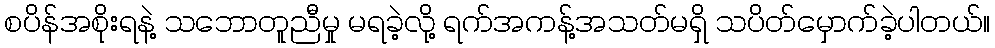
စပိန်အစိုးရနဲ့ သဘောတူညီမှု မရခဲ့လို့ ရက်အကန့်အသတ်မရှိ သပိတ်မှောက်ခဲ့ပါတယ်။